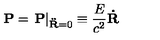
{ \bf P } = \left. { \bf P } \right| _ { { \bf \ddot { R } } = 0 } \equiv \frac { E } { c ^ { 2 } } { \bf \dot { R } }